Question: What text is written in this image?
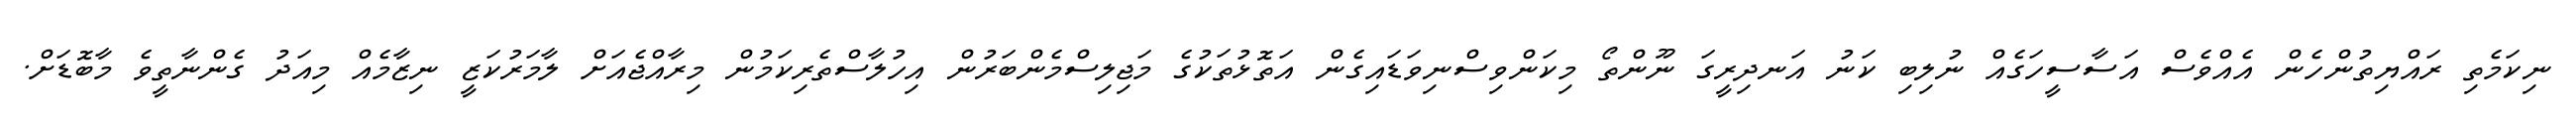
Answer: ނިކަމެތި ރައްޔިތުންހެން އެއްވެސް އަސާސީހަގެއް ނުލިބި ކަނު އަނދިރީގަ ނޫންތޯ މިކަންވިސްނިވަޑައިގެން އަތޮޅުތަކުގެ މަޖިލިސްމެންބަރުން އިހުލާސްތެރިކަމުން މިރާއްޖެއަށް ލާމަރުކަޒީ ނިޒާމެއް މިއަދު ގެންނާތީވެ މާބޮޑަށް.